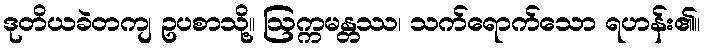
ဒုတိယခဲတကျ ဥပစာသို့။ ဩက္ကမန္တဿ၊ သက်ရောက်သော ရဟန်း၏။